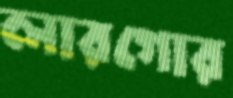
লারগোর